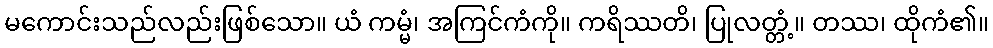
မကောင်းသည်လည်းဖြစ်သော။ ယံ ကမ္မံ၊ အကြင်ကံကို။ ကရိဿတိ၊ ပြုလတ္တံ့။ တဿ၊ ထိုကံ၏။